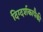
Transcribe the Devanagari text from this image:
दिग्दर्शकापैकी